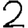
Digit: 2